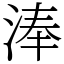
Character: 淎